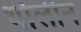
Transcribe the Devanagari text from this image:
थोलीन